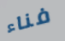
فناء